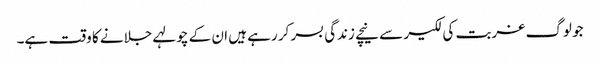
جو لوگ غربت کی لکیر سے نیچے زندگی بسر کر رہے ہیں ان کے چولہے جلانے کا وقت ہے۔